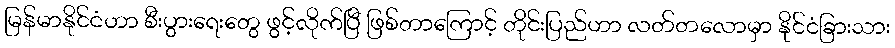
မြန်မာနိုင်ငံဟာ စီးပွားရေးတွေ ဖွင့်လိုက်ပြီ ဖြစ်တာကြောင့် တိုင်းပြည်ဟာ လတ်တလောမှာ နိုင်ငံခြားသား